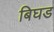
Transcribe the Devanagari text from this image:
बिघड